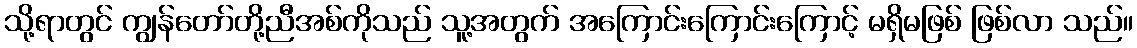
သို့ရာတွင် ကျွန်တော်တို့ညီအစ်ကိုသည် သူ့အတွက် အကြောင်းကြောင်းကြောင့် မရှိမဖြစ် ဖြစ်လာ သည်။